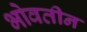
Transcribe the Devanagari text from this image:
भोवतीन